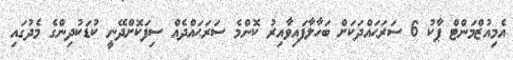
އެމިއުޒްމަންޓް ޕާކު 6 ސަރަޙައްދަކަށް ބަހާލާފައިވާއިރު ކޮންމެ ސަރަޙައްދެއް ސިފަކޮށްދޭނީ ކުޑަކުދިންގެ މެދުގައި